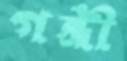
গন্ত্রী